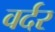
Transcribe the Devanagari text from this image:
वर्दर